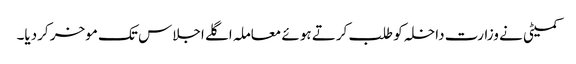
کمیٹی نے وزارت داخلہ کو طلب کرتے ہوئے معاملہ اگلے اجلاس تک موخر کردیا۔